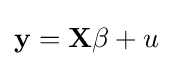
{\textstyle \mathbf {y} =\mathbf {X} \beta +u}